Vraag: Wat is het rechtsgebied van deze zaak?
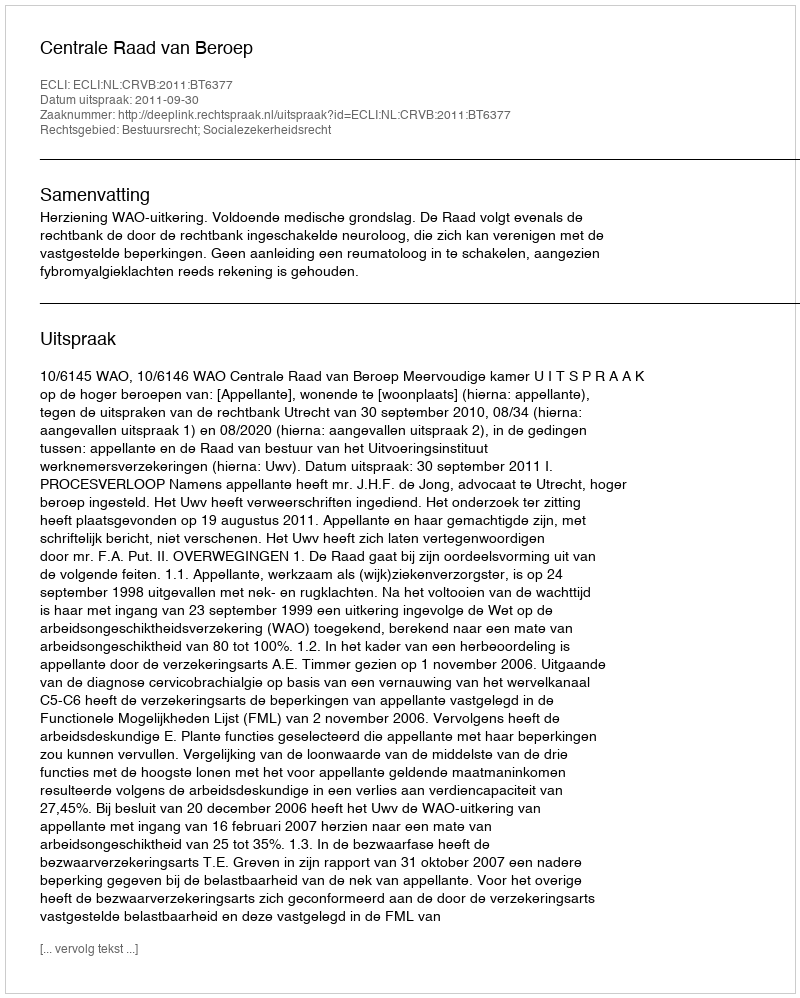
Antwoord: Bestuursrecht; Socialezekerheidsrecht